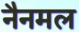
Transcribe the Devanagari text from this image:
नैनमल